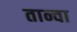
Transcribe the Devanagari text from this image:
तान्वा